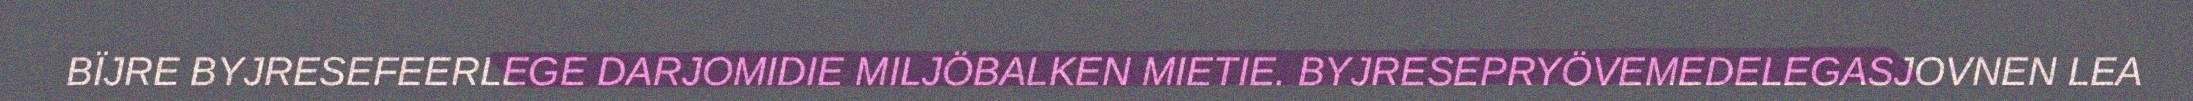
BÏJRE BYJRESEFEERLEGE DARJOMIDIE MILJÖBALKEN MIETIE. BYJRESEPRYÖVEMEDELEGASJOVNEN LEA